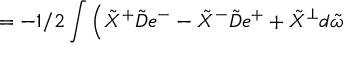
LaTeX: = - 1 / 2 \int \Big ( \tilde { X } ^ { + } \tilde { { \cal D } } e ^ { - } - \tilde { X } ^ { - } \tilde { { \cal D } } e ^ { + } + \tilde { X } ^ { \perp } d \tilde { \omega }